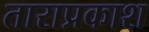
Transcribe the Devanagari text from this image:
ताराप्रकाश